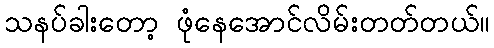
သနပ်ခါးတော့ ဖုံနေအောင်လိမ်းတတ်တယ်။